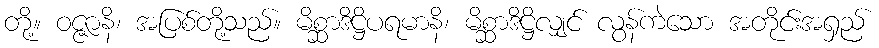
တို့။ ဝဇ္ဇာနိ၊ အပြစ်တို့သည်။ မိစ္ဆာဒိဋ္ဌိပရမာနိ၊ မိစ္ဆာဒိဋ္ဌိလျှင် လွန်ကဲသော အတိုင်းအရှည်